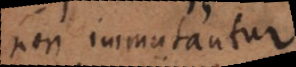
non immutantur.